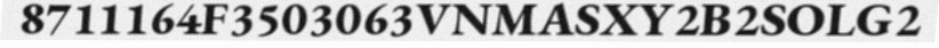
8711164F3503063VNMASXY2B2SOLG2